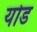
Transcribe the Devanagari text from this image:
योड